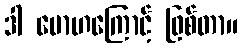
ဒါ မောဟကြောင့် ဖြစ်တာ။